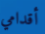
أقدامي